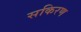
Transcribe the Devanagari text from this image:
सकिरण